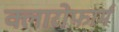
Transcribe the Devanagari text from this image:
क्लारोफार्म